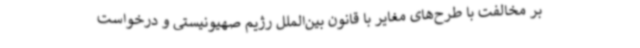
بر مخالفت با طرح‌های مغایر با قانون بین‌الملل رژیم صهیونیستی و درخواست